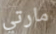
مارتي